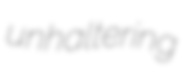
unhaltering